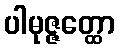
ပါမုဇ္ဇတ္ထော